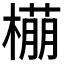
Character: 𬄡